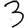
Digit: 3